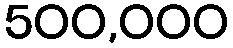
500,000